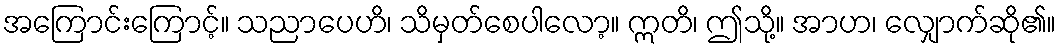
အကြောင်းကြောင့်။ သညာပေဟိ၊ သိမှတ်စေပါလော့။ ဣတိ၊ ဤသို့။ အာဟ၊ လျှောက်ဆို၏။